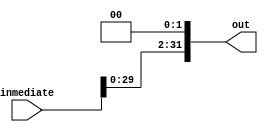
module Shift_left_2(inmediate,out);

input [31:0] inmediate;

output [31:0] out;

assign out = {inmediate[29:0],2'b00};

endmodule